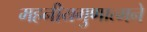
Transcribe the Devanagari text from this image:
महनीयगुणात्मने